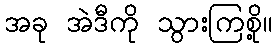
အခု အဲဒီကို သွားကြစို့။